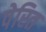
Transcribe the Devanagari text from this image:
पेरित